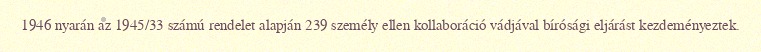
1946 nyarán az 1945/33 számú rendelet alapján 239 személy ellen kollaboráció vádjával bírósági eljárást kezdeményeztek.